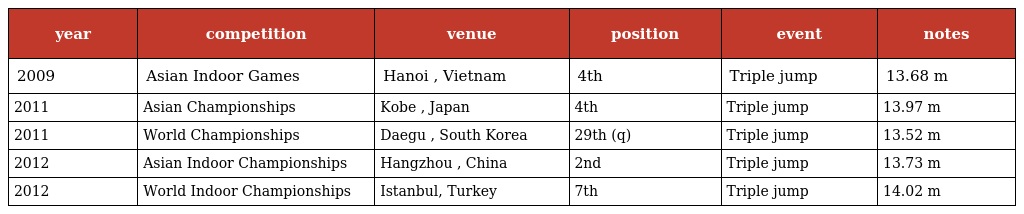
| year | competition | venue | position | event | notes |
 | --- | --- | --- | --- | --- | --- |
 | 2009 | Asian Indoor Games | Hanoi , Vietnam | 4th | Triple jump | 13.68 m |
 | 2011 | Asian Championships | Kobe , Japan | 4th | Triple jump | 13.97 m |
 | 2011 | World Championships | Daegu , South Korea | 29th (q) | Triple jump | 13.52 m |
 | 2012 | Asian Indoor Championships | Hangzhou , China | 2nd | Triple jump | 13.73 m |
 | 2012 | World Indoor Championships | Istanbul, Turkey | 7th | Triple jump | 14.02 m |